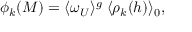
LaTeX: \phi _ { k } ( { \cal M } ) = \langle \omega _ { \cal U } \rangle ^ { g } \; \langle \rho _ { k } ( h ) \rangle _ { 0 } \mathrm { , }